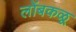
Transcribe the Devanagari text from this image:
लोंबकळू